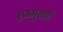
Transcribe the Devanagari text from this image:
हम्मुरावी